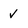
Character: v